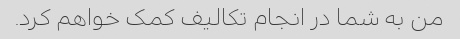
من به شما در انجام تکالیف کمک خواهم کرد.